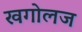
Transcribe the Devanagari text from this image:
खगोलज